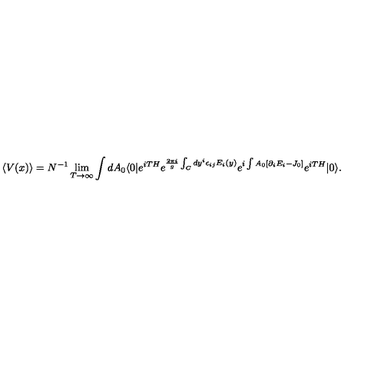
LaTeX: \langle V ( x ) \rangle = N ^ { - 1 } \lim _ { T \rightarrow \infty } \int d A _ { 0 } \langle 0 | e ^ { i T H } e ^ { { \frac { 2 \pi i } { g } } \int _ { C } d y ^ { i } \epsilon _ { i j } E _ { i } ( y ) } e ^ { i \int A _ { 0 } [ \partial _ { i } E _ { i } - J _ { 0 } ] } e ^ { i T H } | 0 \rangle .